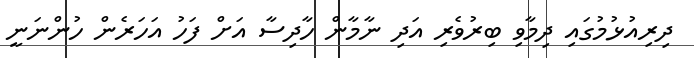
ދިރިއުޅުމުގައި ދިމާވި ބިރުވެރި އަދި ނާމާން ހާދިސާ އަށް ފަހު އަހަރެން ހުންނަނީ